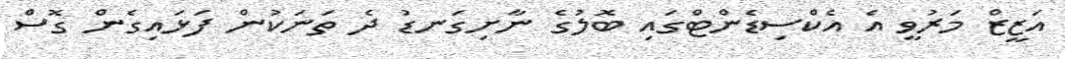
އަޒީޒް މަރުވީ އެ އެކްސިޑެންޓްގައި ބޮލުގެ ނާށިގަނޑު ދެ ތަނަކުން ފަޅައިގެން ގޮސް